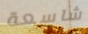
شاسعة